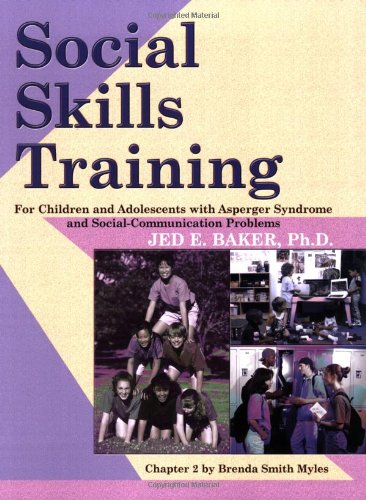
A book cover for Social Skills Training for Children and Adolescents with Asperger Syndrome and Social-Communications Problems; Jed Baker; Education & Teaching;